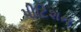
પીટિશન